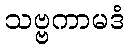
သဗ္ဗကာမဒံ